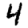
Digit: 4